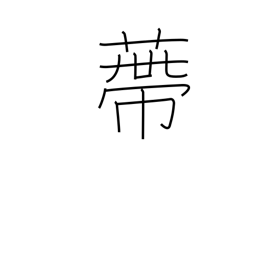
Meaning: calyx